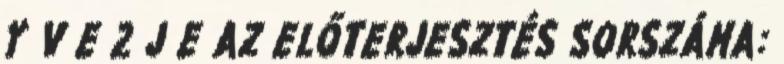
Y V E 2 J E AZ ELŐTERJESZTÉS SORSZÁMA: